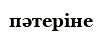
пәтеріне